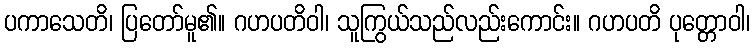
ပကာသေတိ၊ ပြတော်မူ၏။ ဂဟပတိဝါ၊ သူကြွယ်သည်လည်းကောင်း။ ဂဟပတိ ပုတ္တောဝါ၊